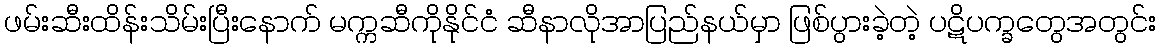
ဖမ်းဆီးထိန်းသိမ်းပြီးနောက် မက္ကဆီကိုနိုင်ငံ ဆီနာလိုအာပြည်နယ်မှာ ဖြစ်ပွားခဲ့တဲ့ ပဋိပက္ခတွေအတွင်း